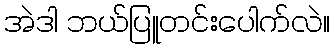
အဲဒါ ဘယ်ပြူတင်းပေါက်လဲ။